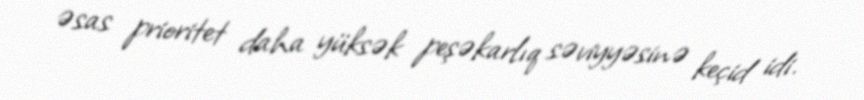
əsas prioritet daha yüksək peşəkarlıq səviyyəsinə keçid idi.